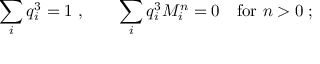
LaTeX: \sum _ { i } q _ { i } ^ { 3 } = 1 \; , \quad \quad \sum _ { i } q _ { i } ^ { 3 } M _ { i } ^ { n } = 0 \quad \mathrm { f o r } \ n > 0 \; ;